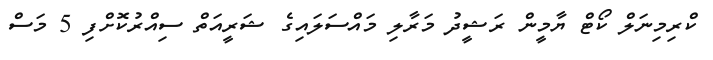
ކްރިމިނަލް ކޯޓް ޔާމީން ރަޝީދު މަރާލި މައްސަލައިގެ ޝަރީއަތް ސިއްރުކޮށްފި 5 މަސް